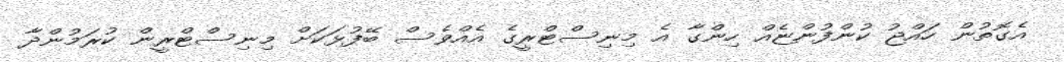
އެގޮތުން ހައްޖު ކުންފުންޏެއް ހިންގާ އެ މިނިސްޓްރީގެ އެއްވެސް ބޭފުޅަކަށް މިނިސްޓްރީން ކުރަމުންދާ